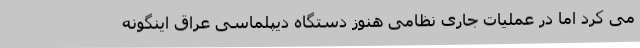
می کرد اما در عملیات جاری نظامی هنوز دستگاه دیپلماسی عراق اینگونه